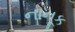
નાનૂક